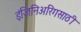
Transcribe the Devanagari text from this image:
इंजिनिअरिंगसाठी